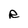
Character: R